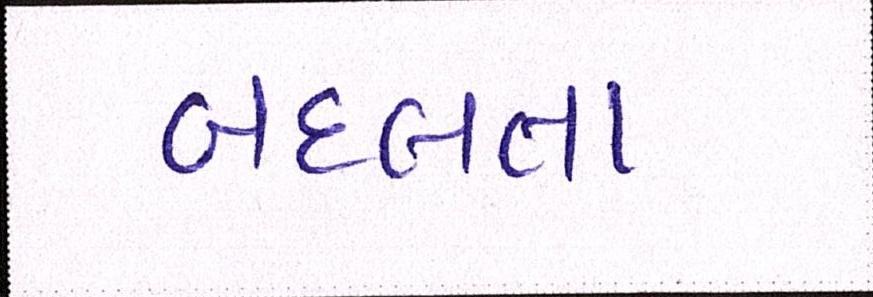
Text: બદલતા